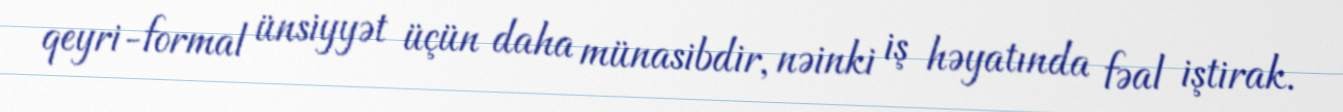
qeyri-formal ünsiyyət üçün daha münasibdir, nəinki iş həyatında fəal iştirak.